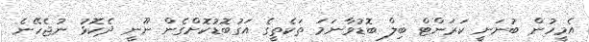
އެމީހުން ބުނަނީ ކަރަންޓް ބިލް ބޮޑުވާނަމަ ތަކެތީގެ އަގުބޮޑުކޮށްގެން ނޫނީ ދެކޮޅު ނުޖެހޭނެ